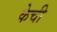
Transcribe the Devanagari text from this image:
केची